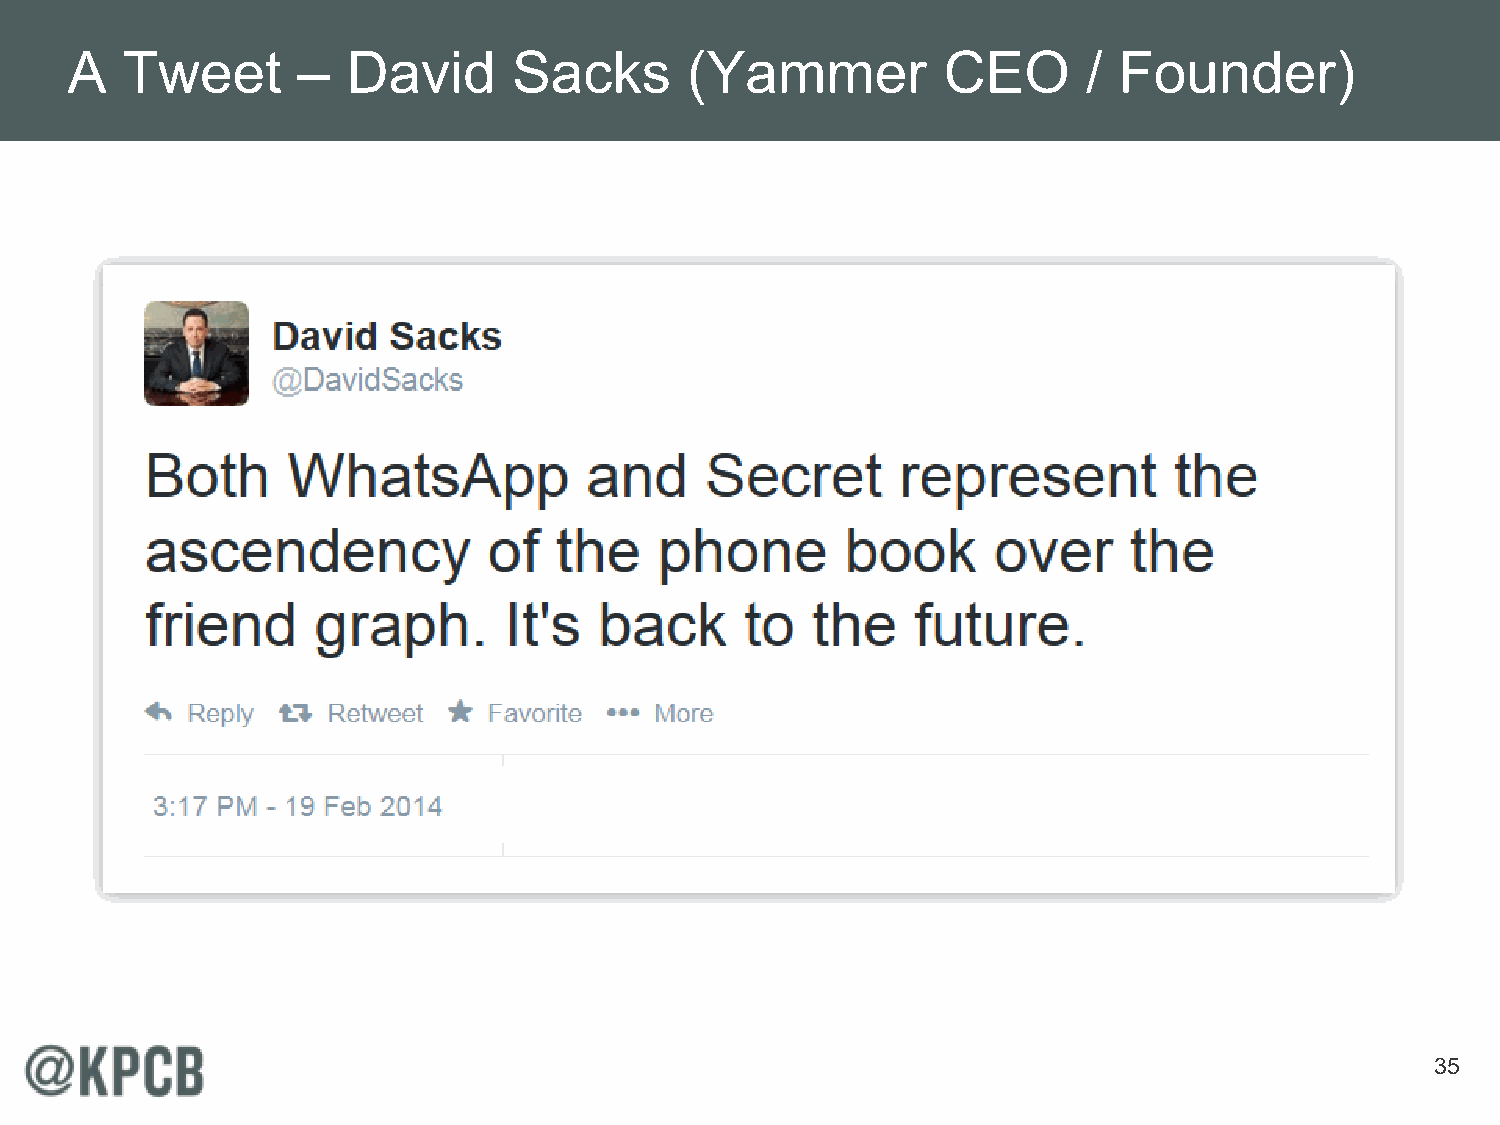
A   Tweet       –  David      Sacks      (Yammer          CEO       / Founder)
 35